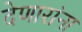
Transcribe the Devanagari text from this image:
देणारांना